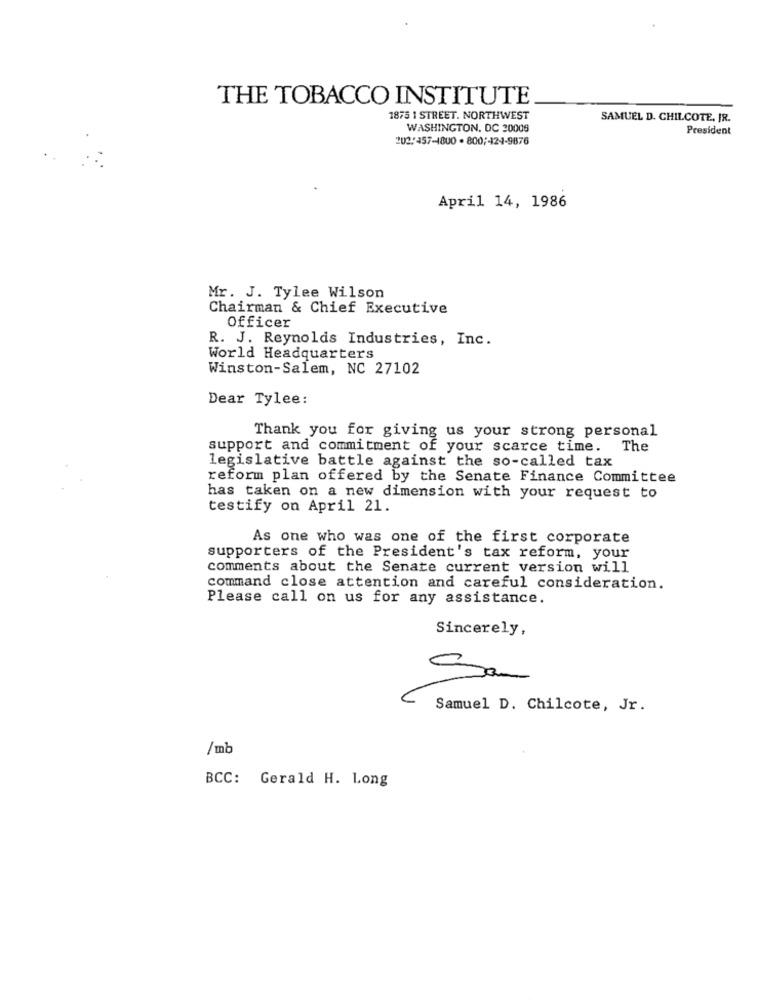
THE TOBACCO INSTITUTE
1875 1 STREET. NORTHWEST
SAMUEL D. CHILCOTE, IR.
WASHINGTON, DC 20006
President
202:457-1800 . 800 ;- 12-4-9876
April 14, 1986
Mr. J. Tylee Wilson
Chairman & Chief Executive
Officer
R. J. Reynolds Industries, Inc.
World Headquarters
Winston-Salem, NC 27102
Dear Tylee:
Thank you for giving us your strong personal
support and commitment of your scarce time. The
legislative battle against the so-called tax
reform plan offered by the Senate Finance Committee
has taken on a new dimension with your request to
testify on April 21.
As one who was one of the first corporate
supporters of the President's tax reform, your
comments about the Senate current version will
command close attention and careful consideration.
Please call on us for any assistance.
Sincerely,
San
Samuel D. Chilcote, Jr.
/ mb
BCC: Gerald H. Long